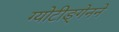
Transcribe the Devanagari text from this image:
ग्योटीङ्गेनने